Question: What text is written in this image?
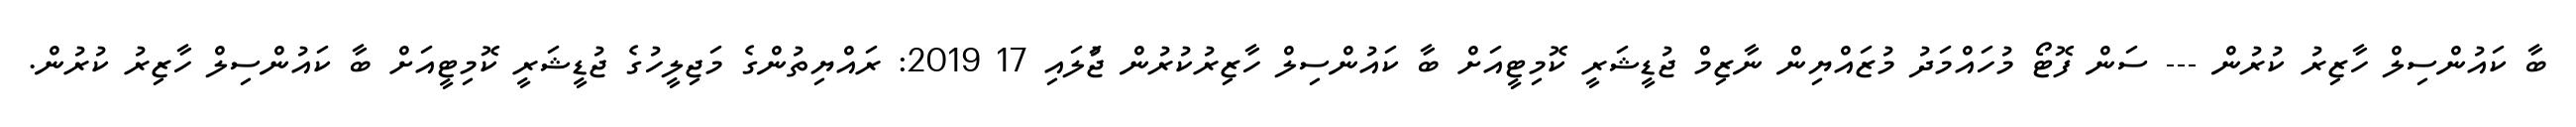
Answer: ބާ ކައުންސިލް ހާޒިރު ކުރުން --- ސަން ފޮޓޯ މުހައްމަދު މުޒައްޔިން ނާޒިމް ޖުޑީޝަރީ ކޮމިޓީއަށް ބާ ކައުންސިލް ހާޒިރުކުރުން ޖުަލައި 17 2019: ރައްޔިތުންގެ މަޖިލީހުގެ ޖުޑީޝަރީ ކޮމިޓީއަށް ބާ ކައުންސިލް ހާޒިރު ކުރުން.